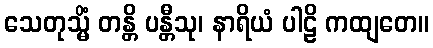
သေတုသ္မိံ တန္တိ ပန္တီသု၊ နာရိယံ ပါဠိ ကထျတေ။